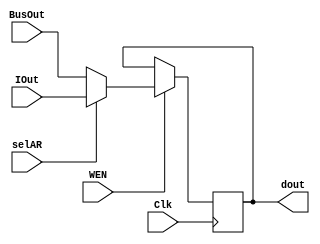
module AR //write enable /IR, AR, Rp, Rt, Rk1, Rm1, Rn1, C1
#(parameter WIDTH = 8)
(
input Clk, WEN, selAR,
input [WIDTH-1:0] IOut, BusOut,
output [WIDTH-1:0] dout
);

reg [WIDTH-1:0] value;

always @(posedge Clk) 
begin
    if(WEN==1) begin
        if (selAR == 1) begin
           value <= IOut; 
        end  
        else if (selAR == 0) begin
           value <= BusOut;
        end     
    end
end

assign dout=value;
    
endmodule